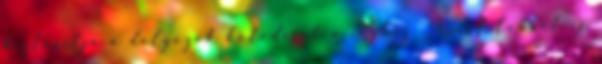
biztosítja a dolgozók kötôdését a céghez. Annál többet is